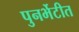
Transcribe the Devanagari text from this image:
पुनर्भेटीत